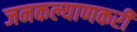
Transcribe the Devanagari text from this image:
जनकल्याणकरी